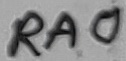
Text: RA0